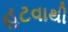
હટવાથી